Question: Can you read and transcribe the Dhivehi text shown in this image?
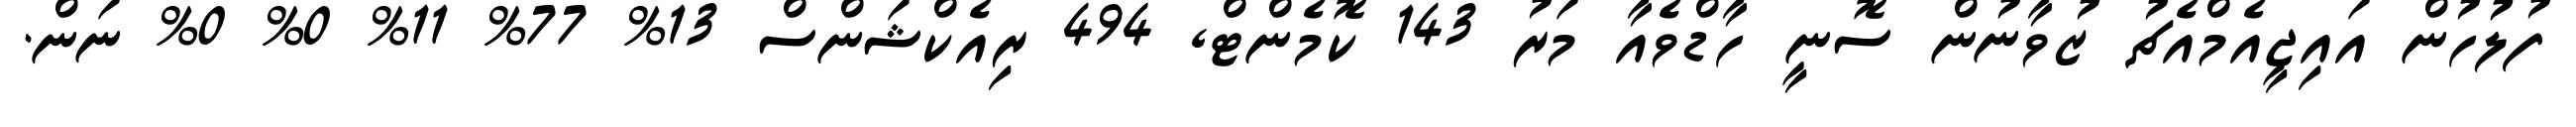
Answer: ފުލުހުން އައިޖީއެމްއެޗު ޒުވާނުން ސޮނީ ހާޑްވެއާ މަރު 143 ކޮމެންޓް, 494 ރިއެކްޝަންސް 13% 77% 11% 0% 0% ނަން.